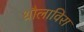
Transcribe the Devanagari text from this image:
धौलाविरा